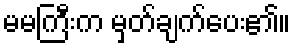
မမကြီးက မှတ်ချက်ပေး၏။